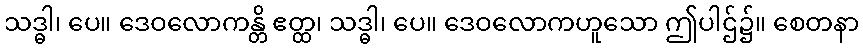
သဒ္ဓါ၊ ပေ။ ဒေဝလောကန္တိ ဧတ္ထ၊ သဒ္ဓါ၊ ပေ။ ဒေဝလောကဟူသော ဤပါဌ်၌။ စေတနာ